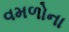
વમળોના